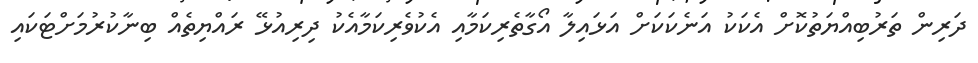
ދަރިން ތަރުބިއްޔަތުކޮށް އެކަކު އަނެކަކަށް އަޅައިލާ އޯގާތެރިކަމާއި އެކުވެރިކަމާއެކު ދިރިއުޅޭ ރައްޔިތެއް ބިނާކުރުމަށްޓަކައި